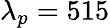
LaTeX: \lambda_{p}=515